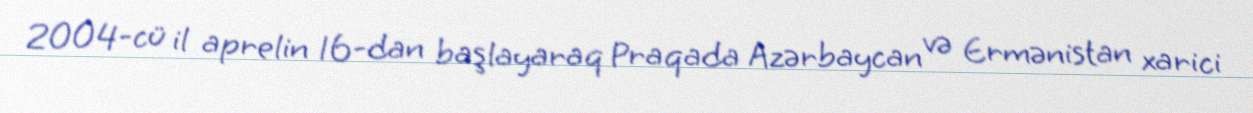
2004-cü il aprelin 16-dan başlayaraq Praqada Azərbaycan və Ermənistan xarici